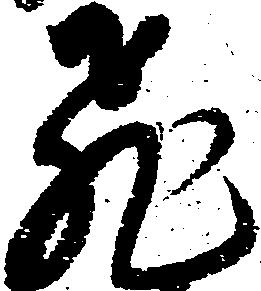
飛